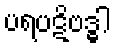
ပရပဋိဗဒ္ဓါ